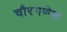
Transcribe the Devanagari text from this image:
चौरगणेश